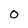
Character: 0